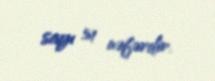
sayı 51 nəfərdir.